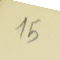
15